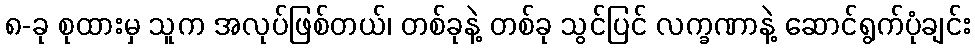
၈-ခု စုထားမှ သူက အလုပ်ဖြစ်တယ်၊ တစ်ခုနဲ့ တစ်ခု သွင်ပြင် လက္ခဏာနဲ့ ဆောင်ရွက်ပုံချင်း